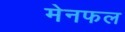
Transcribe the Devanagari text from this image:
मेनफल